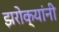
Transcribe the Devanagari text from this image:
झरोक्यांनी